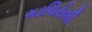
ગડચિરોલી